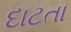
દાટતા